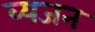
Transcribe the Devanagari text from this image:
व्यजन